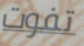
تفوت